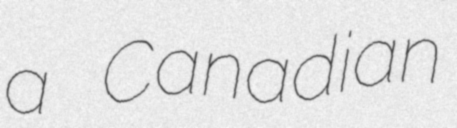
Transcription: a Canadian